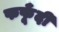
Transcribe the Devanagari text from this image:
फफूँदीं